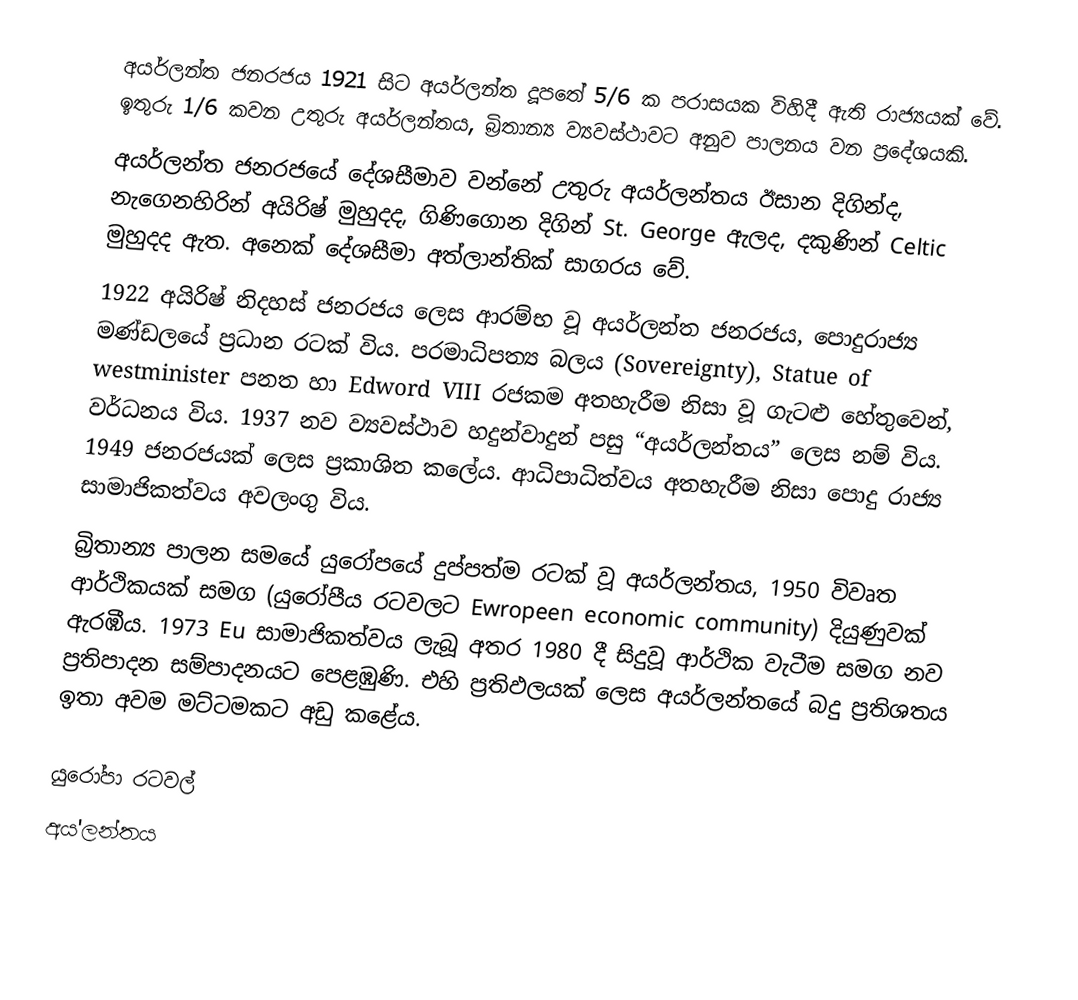
අයර්ලන්ත ජනරජය 1921 සිට අයර්ලන්ත දූපතේ 5/6 ක පරාසයක විහිදී ඇති රාජ්‍යයක් වේ.  ඉතුරු 1/6 කවන උතුරු අයර්ලන්තය, බ්‍රිතාන්‍ය ව්‍යවස්ථාවට අනුව පාලනය වන ප්‍රදේශයකි.
	අයර්ලන්ත ජනරජයේ දේශසීමාව වන්නේ උතුරු අයර්ලන්තය ඊසාන දිගින්ද, නැගෙනහිරින් අයිරිෂ් මුහුදද, ගිණිගොන දිගින් St. George ඇලද, දකුණින් Celtic මුහුදද ඇත.  අනෙක් දේශසීමා අත්ලාන්තික් සාගරය වේ.
	1922 අයිරිෂ් නිදහස් ජනරජය ලෙස ආරම්භ වූ අයර්ලන්ත ජනරජය, පොදුරාජ්‍ය මණ්ඩලයේ ප්‍රධාන රටක් විය.  පරමාධිපත්‍ය බලය (Sovereignty), Statue of westminister පනත හා Edword VIII රජකම අතහැරීම නිසා වූ ගැටළු හේතුවෙන්, වර්ධනය විය.  1937 නව ව්‍යවස්ථාව හදුන්වාදුන් පසු “අයර්ලන්තය” ලෙස නම් විය.  1949 ජනරජයක් ලෙස ප්‍රකාශිත කලේය.  ආධිපාධිත්වය අතහැරීම නිසා පොදු රාජ්‍ය සාමාජිකත්වය අවලංගු විය.
	බ්‍රිතාන්‍ය පාලන සමයේ යුරෝපයේ දුප්පත්ම රටක් වූ අයර්ලන්තය, 1950 විවෘත ආර්ථිකයක් සමග (යුරෝපීය රටවලට Ewropeen economic community) දියුණුවක් ඇරඹීය.  1973 Eu සාමාජිකත්වය ලැබූ අතර 1980 දී සිදුවූ ආර්ථික වැටීම සමග නව ප්‍රතිපාදන සම්පාදනයට පෙළඹුණි.  එහි ප්‍රතිඵලයක් ලෙස අයර්ලන්තයේ බදු ප්‍රතිශතය ඉතා අවම මට්ටමකට අඩු කළේය.

යුරෝපා රටවල්‎
අය'ලන්තය